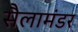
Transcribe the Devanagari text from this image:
सैलामंडर